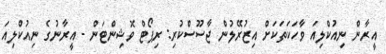
އީރާން ނިއުކްލިއަ ވާހަކަތަކަށް އިޒުރޭލުން ޖާސޫސްކުރި: ރިޕޯޓް ވޮޝިންޓަން - އީރާނުގެ ނިއުކްލިއަ